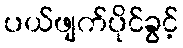
ပယ်ဖျက်ပိုင်ခွင့်